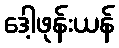
ဒေါ့ဖုန်းယန်